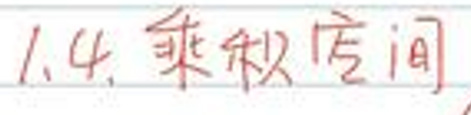
1.4. 乘积空间